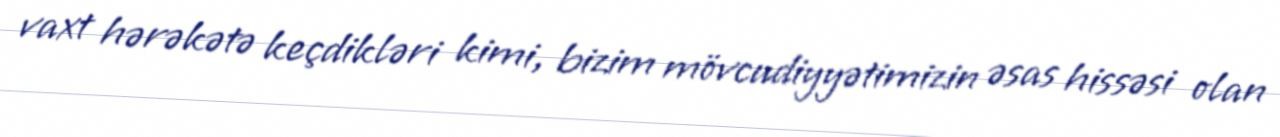
vaxt hərəkətə keçdikləri kimi, bizim mövcudiyyətimizin əsas hissəsi olan